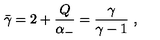
\bar { \gamma } = 2 + { \frac { Q } { \alpha _ { - } } } = { \frac { \gamma } { \gamma - 1 } } \ ,